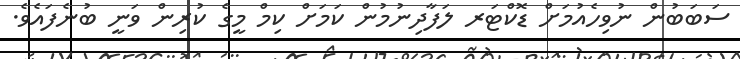
ސަބަބުން ނުވިހެއުމަށް ޑޮކްޓަރ ލަފާދިނުމުން ކަމަށް ކިމް މީގެ ކުރިން ވަނީ ބުނެފައެވެ.